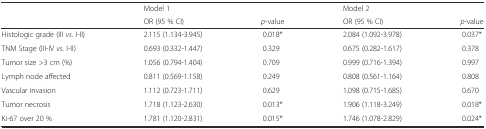
<table><thead><tr><td></td><td colspan="2"><b>Model 1</b></td><td colspan="2"><b>Model 2</b></td></tr><tr><td></td><td><b>OR (95 % CI)</b></td><td><b><i>p-</i>value</b></td><td><b>OR (95 % CI)</b></td><td><b><i>p-</i>value</b></td></tr></thead><tbody><tr><td>Histologic grade (III <i>vs</i>. I-II)</td><td>2.115 (1.134-3.945)</td><td>0.018*</td><td>2.084 (1.092-3.978)</td><td>0.037*</td></tr><tr><td>TNM Stage (III-IV <i>vs.</i> I-II)</td><td>0.693 (0.332-1.447)</td><td>0.329</td><td>0.675 (0.282-1.617)</td><td>0.378</td></tr><tr><td>Tumor size &gt;3 cm (%)</td><td>1.056 (0.794-1.404)</td><td>0.709</td><td>0.999 (0.716-1.394)</td><td>0.997</td></tr><tr><td>Lymph node affected</td><td>0.811 (0.569-1.158)</td><td>0.249</td><td>0.808 (0.561-1.164)</td><td>0.808</td></tr><tr><td>Vascular invasion</td><td>1.112 (0.723-1.711)</td><td>0.629</td><td>1.098 (0.715-1.685)</td><td>0.670</td></tr><tr><td>Tumor necrosis</td><td>1.718 (1.123-2.630)</td><td>0.013*</td><td>1.906 (1.118-3.249)</td><td>0.018*</td></tr><tr><td>Ki-67 over 20 %</td><td>1.781 (1.120-2.831)</td><td>0.015*</td><td>1.746 (1.078-2.829)</td><td>0.024*</td></tr></tbody></table>